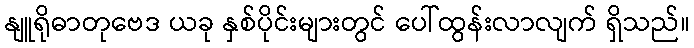
နျူရိုဓာတုဗေဒ ယခု နှစ်ပိုင်းများတွင် ပေါ်ထွန်းလာလျက် ရှိသည်။